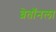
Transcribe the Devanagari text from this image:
ब्रेतॉनला